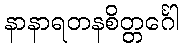
နာနာရတနစိတ္တင်္ဂေါ